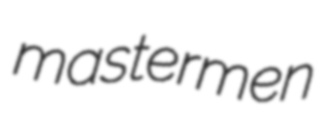
mastermen